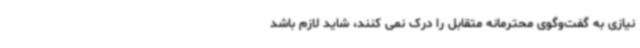
نیازی به گفت‌وگوی محترمانه متقابل را درک نمی کنند، شاید لازم باشد